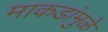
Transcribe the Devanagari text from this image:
माकडांमुळे